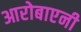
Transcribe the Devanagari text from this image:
आरोबाएनी